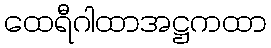
ထေရီဂါထာအဋ္ဌကထာ